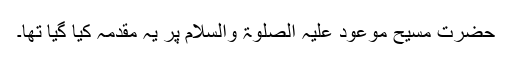
حضرت مسیح موعود علیہ الصلوٰۃ والسلام پر یہ مقدمہ کیا گیا تھا۔